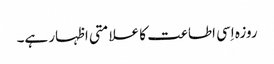
روزہ اِسی اطاعت کا علامتی اظہار ہے۔